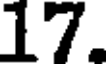
17.